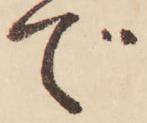
で